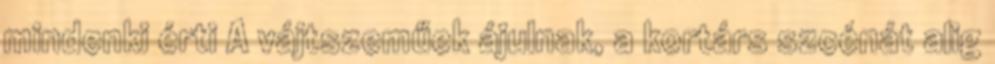
mindenki érti A vájtszeműek ájulnak, a kortárs szcénát alig